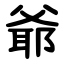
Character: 爺